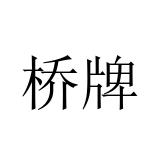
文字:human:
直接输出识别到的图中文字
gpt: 桥牌